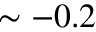
\sim - 0 . 2